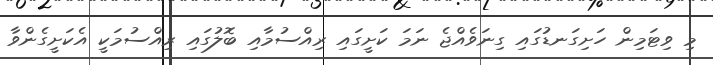
މި ވިޓަމިން ހަށިގަނޑުގައި ގިނަވެއްޖެ ނަމަ ކަށީގައި ރިއްސުމާއި ބޮލުގައި ރިއްސުމަކީ އެކަށީގެންވާ